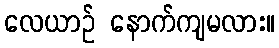
လေယာဉ် နောက်ကျမလား။